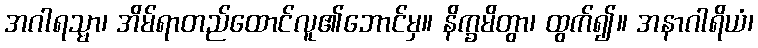
အဂါရသ္မာ၊ အိမ်ရာတည်ထောင်လူ၏ဘောင်မှ။ နိက္ခမိတွာ၊ ထွက်၍။ အနာဂါရိယံ၊